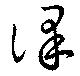
課